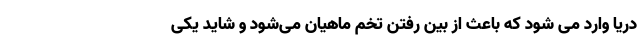
دریا وارد می شود که باعث از بین رفتن تخم ماهیان می‌شود و شاید یکی